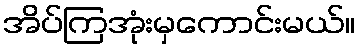
အိပ်ကြအုံးမှကောင်းမယ်။